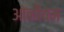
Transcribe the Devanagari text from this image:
ओनीयम